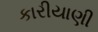
કારીયાણી